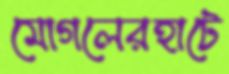
মোগলেরহাটে